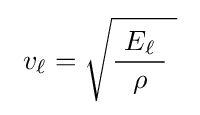
\ v_{\ell }={\sqrt {{\frac {~E_{\ell }\ }{\rho }}\ }}\